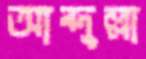
আব্দুল্লা